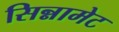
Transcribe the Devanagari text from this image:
सिन्नामेट